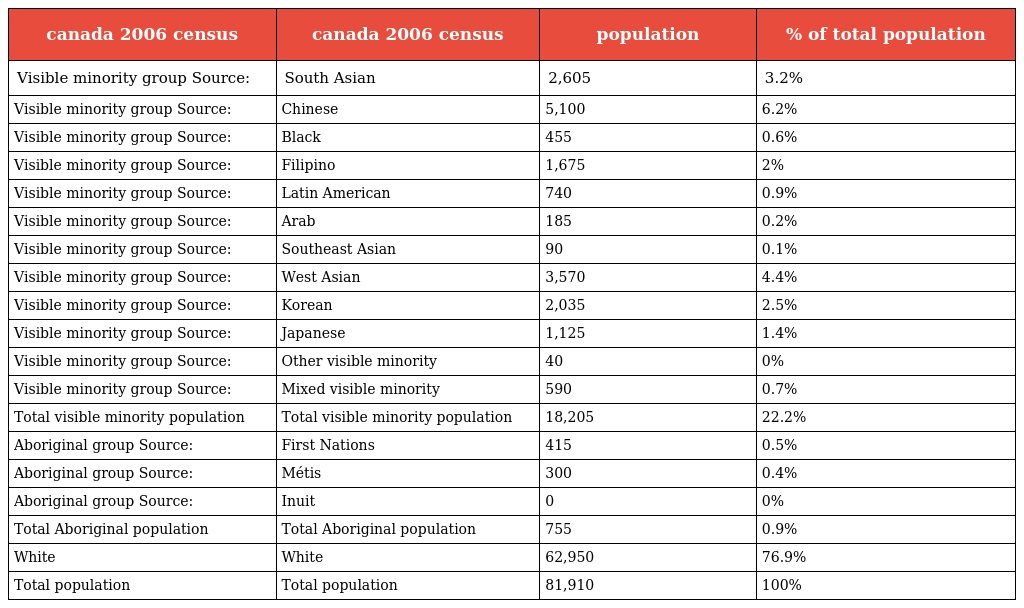
| canada 2006 census | canada 2006 census | population | % of total population |
 | --- | --- | --- | --- |
 | Visible minority group Source: | South Asian | 2,605 | 3.2% |
 | Visible minority group Source: | Chinese | 5,100 | 6.2% |
 | Visible minority group Source: | Black | 455 | 0.6% |
 | Visible minority group Source: | Filipino | 1,675 | 2% |
 | Visible minority group Source: | Latin American | 740 | 0.9% |
 | Visible minority group Source: | Arab | 185 | 0.2% |
 | Visible minority group Source: | Southeast Asian | 90 | 0.1% |
 | Visible minority group Source: | West Asian | 3,570 | 4.4% |
 | Visible minority group Source: | Korean | 2,035 | 2.5% |
 | Visible minority group Source: | Japanese | 1,125 | 1.4% |
 | Visible minority group Source: | Other visible minority | 40 | 0% |
 | Visible minority group Source: | Mixed visible minority | 590 | 0.7% |
 | Total visible minority population | Total visible minority population | 18,205 | 22.2% |
 | Aboriginal group Source: | First Nations | 415 | 0.5% |
 | Aboriginal group Source: | Métis | 300 | 0.4% |
 | Aboriginal group Source: | Inuit | 0 | 0% |
 | Total Aboriginal population | Total Aboriginal population | 755 | 0.9% |
 | White | White | 62,950 | 76.9% |
 | Total population | Total population | 81,910 | 100% |